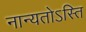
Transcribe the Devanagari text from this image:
नान्यतोऽस्ति